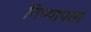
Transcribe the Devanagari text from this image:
निष्पापता